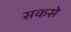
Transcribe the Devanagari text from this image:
सकसे